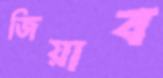
জিয়াব